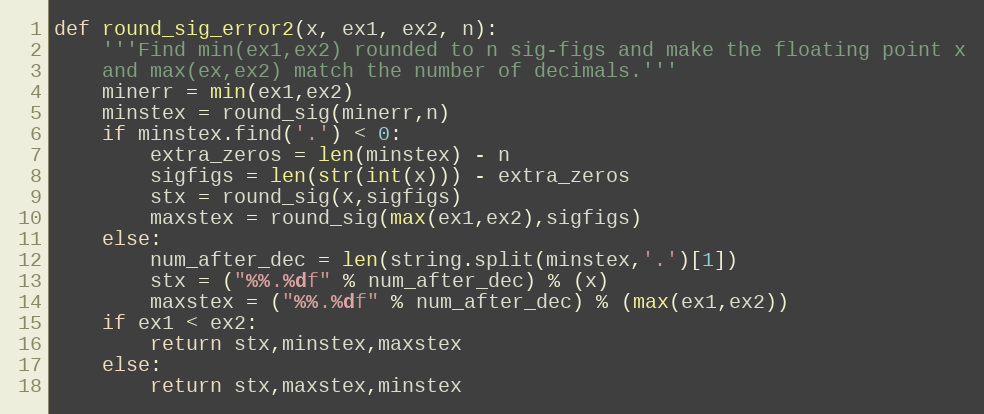
Language: Python
def round_sig_error2(x, ex1, ex2, n):
    '''Find min(ex1,ex2) rounded to n sig-figs and make the floating point x
    and max(ex,ex2) match the number of decimals.'''
    minerr = min(ex1,ex2)
    minstex = round_sig(minerr,n)
    if minstex.find('.') < 0:
        extra_zeros = len(minstex) - n
        sigfigs = len(str(int(x))) - extra_zeros
        stx = round_sig(x,sigfigs)
        maxstex = round_sig(max(ex1,ex2),sigfigs)
    else:
        num_after_dec = len(string.split(minstex,'.')[1])
        stx = ("%%.%df" % num_after_dec) % (x)
        maxstex = ("%%.%df" % num_after_dec) % (max(ex1,ex2))
    if ex1 < ex2:
        return stx,minstex,maxstex
    else:
        return stx,maxstex,minstex